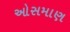
ઓસમાણ